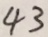
4 3